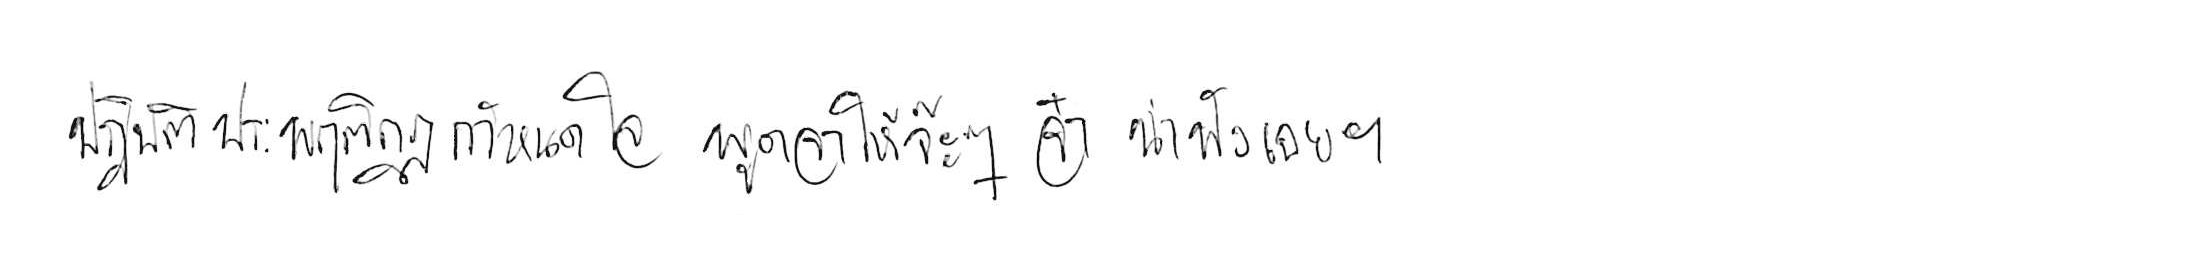
ปฏิบัติประพฤติกฎกำหนดใจ พูดจาให้จ๊ะๆ จ๋า น่าฟังเอยฯ